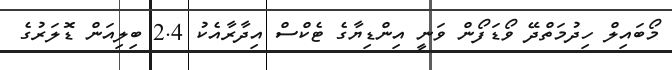
މޯބައިލް ހިދުމަތްދޭ ވޯޑަފޯން ވަނީ އިންޑިޔާގެ ޓެކްސް އިދާރާއެކު 2.4 ބިލިއަން ޑޮލަރުގެ